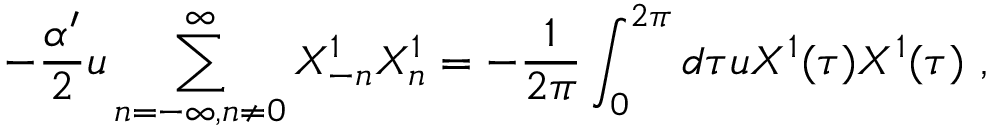
- \frac { \alpha ^ { \prime } } { 2 } u \sum _ { n = - \infty , n \neq 0 } ^ { \infty } X _ { - n } ^ { 1 } X _ { n } ^ { 1 } = - \frac { 1 } { 2 \pi } \int _ { 0 } ^ { 2 \pi } d \tau u X ^ { 1 } ( \tau ) X ^ { 1 } ( \tau ) \ ,